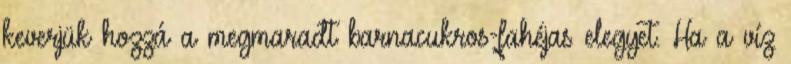
keverjük hozzá a megmaradt barnacukros-fahéjas elegyet. Ha a víz